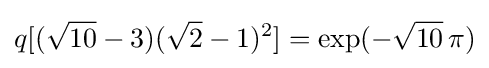
q[({\sqrt {10}}-3)({\sqrt {2}}-1)^{2}]=\exp(-{\sqrt {10}}\,\pi )